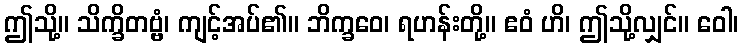
ဤသို့။ သိက္ခိတဗ္ဗံ၊ ကျင့်အပ်၏။ ဘိက္ခဝေ၊ ရဟန်းတို့။ ဧဝံ ဟိ၊ ဤသို့လျှင်။ ဝေါ၊